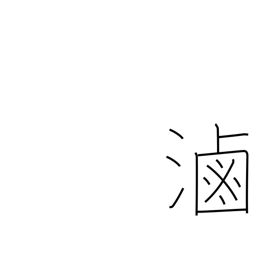
Meaning: brine